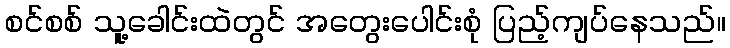
စင်စစ် သူ့ခေါင်းထဲတွင် အတွေးပေါင်းစုံ ပြည့်ကျပ်နေသည်။